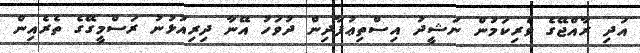
އަދި ރާއްޖޭގެ ވެރިކަމުން ނަޝީދު އިސްތިޢުފާދިން ދުވަހު އޭނާ ދިރިއުޅުނު ރަސްމީގޭގެ ތެރެއިން